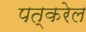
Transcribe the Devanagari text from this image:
पत्करेल